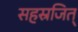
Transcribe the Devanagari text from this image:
सहस्रजित्